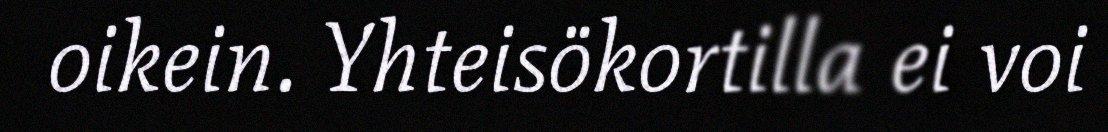
oikein. Yhteisökortilla ei voi